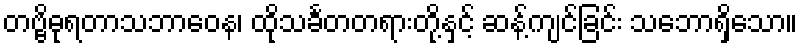
တဗ္ဗိဓုရတာသဘာဝေန၊ ထိုသင်္ခတတရားတို့နှင့် ဆန့်ကျင်ခြင်း သဘောရှိသော။